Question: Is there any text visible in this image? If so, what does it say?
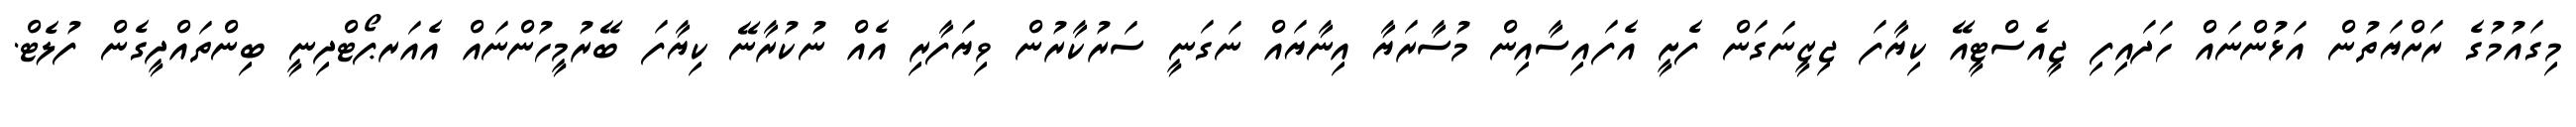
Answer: މިގައުމުގެ ރަށްޔަތުން އަޅުންނައް ހަދައިފި ޖީއެސްޓީއޭ ކިޔާފަ ޖިޒީނަގަން ފެށީ އެފައިސާއިން މުސާރަޔާ އިނާޔައް ނަގަނީ ސަރުކާރުން ވިޔަފާރި އެއް ނުކުރާނޭ ކިޔާފަ ބޭރުމީހުންނައް އެއަރޕޯޓްދިނީ ބިންތައްދީގެން ފުލެޓް.